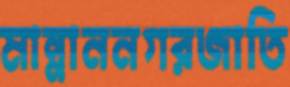
মান্নাননগরজাতি